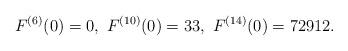
LaTeX: \begin{align*}F^{(6)}(0)=0,\ F^{(10)}(0)=33,\ F^{(14)}(0)=72912.\end{align*}